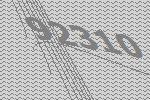
92310